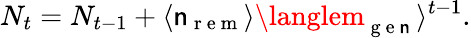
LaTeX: N_{t}=N_{t-1}+\langle\mathsf{n}_{\mathrm{{~r~e~m~}}}\rangle\langlem_{\mathrm{{~g~e~\mathsf{n}~}}}\rangle^{t-1}.